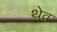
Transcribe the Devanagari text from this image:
थेव